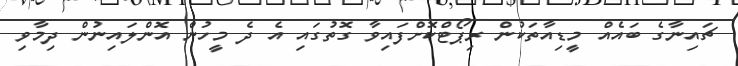
ޗައިނާގެ ބައެއް މީޑިއާތަކުން ރިޕޯޓްކޮށްފައިވާ ގޮތުގައި އެ ދެ މީހުން އޮންލައިނުން ދިމާވި